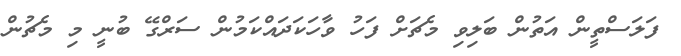
ފަލަސްތީން އަތުން ބަލިވި މެޗަށް ފަހު ވާހަކަދައްކަމުން ސަރްގޭ ބުނީ މި މެޗުން